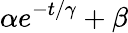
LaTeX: \alpha e^{-t/\gamma}+\beta